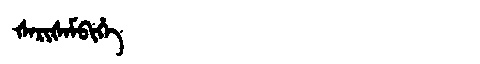
Manchu: ᡧᠠᡵᡳᡧᠠᠮᠪᡳᡥᡝ
Romanization: ŠARIŠAMBIHE